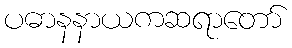
ပဓာနနာယကဆရာတော်